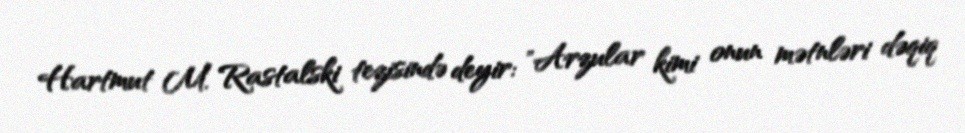
Hartmut M. Rastalski tezisində deyir: "Arzular kimi onun mətnləri dəqiq